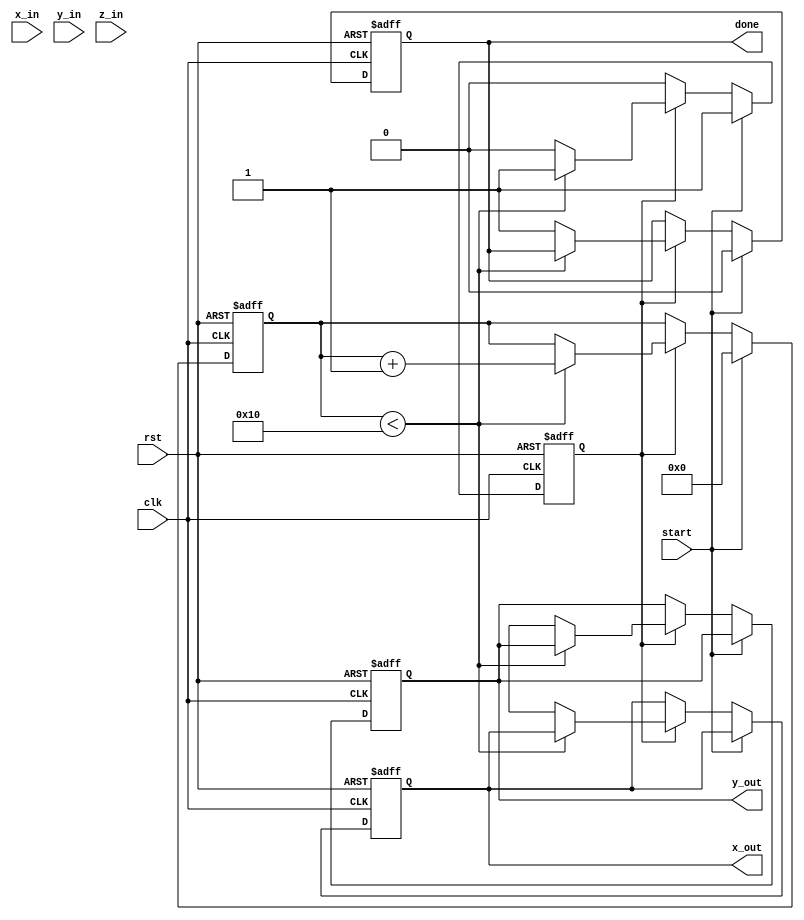
module pipelined_cordic (
    input clk,
    input rst,
    input start,
    input [15:0] x_in,       // Input x coordinate
    input [15:0] y_in,       // Input y coordinate
    input [15:0] z_in,       // Input angle in radians (fixed point)
    output reg [15:0] x_out,  // Output x coordinate
    output reg [15:0] y_out,  // Output y coordinate
    output reg done
);
    // Parameters
    parameter NUM_STAGES = 16;
    parameter ANGLE_TABLE_SIZE = NUM_STAGES;

    // Internal signals
    reg [15:0] x[0:NUM_STAGES-1];
    reg [15:0] y[0:NUM_STAGES-1];
    reg [15:0] z[0:NUM_STAGES-1];
    reg [15:0] angle_table[0:ANGLE_TABLE_SIZE-1];
    reg [3:0] stage;
    reg [3:0] iteration;
    reg processing;

    // Initialize angle table (fixed-point representation)
    initial begin
        angle_table[0] = 16'h1C90; // atan(2^-0)
        angle_table[1] = 16'h0DB8; // atan(2^-1)
        angle_table[2] = 16'h05A8; // atan(2^-2)
        angle_table[3] = 16'h0282; // atan(2^-3)
        // Continue initializing for all stages...
    end

    // Sequential logic
    always @(posedge clk or posedge rst) begin
        if (rst) begin
            stage <= 0;
            iteration <= 0;
            processing <= 0;
            x_out <= 0;
            y_out <= 0;
            done <= 0;
        end else if (start) begin
            // Load initial values
            x[0] <= x_in;
            y[0] <= y_in;
            z[0] <= z_in;
            stage <= 0;
            iteration <= 0;
            processing <= 1;
            done <= 0;
        end else if (processing) begin
            if (stage < NUM_STAGES) begin
                // Perform CORDIC rotation
                if (z[stage] < 0) begin
                    x[stage + 1] <= x[stage] + (y[stage] >>> stage);
                    y[stage + 1] <= y[stage] - (x[stage] >>> stage);
                    z[stage + 1] <= z[stage] + angle_table[stage];
                end else begin
                    x[stage + 1] <= x[stage] - (y[stage] >>> stage);
                    y[stage + 1] <= y[stage] + (x[stage] >>> stage);
                    z[stage + 1] <= z[stage] - angle_table[stage];
                end
                stage <= stage + 1;
            end else begin
                // Final output
                x_out <= x[NUM_STAGES];
                y_out <= y[NUM_STAGES];
                done <= 1;
                processing <= 0;
            end
        end
    end

endmodule